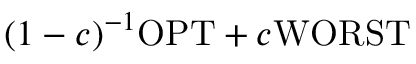
( 1 - c ) ^ { - 1 } \mathrm { O P T } + c \mathrm { W O R S T }